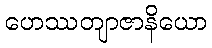
ဟေဿတျာဇာနိယော